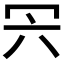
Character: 𠕼